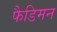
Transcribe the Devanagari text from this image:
फैडिमन